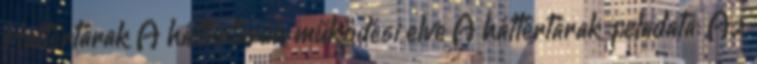
Háttértárak A háttértárak működési elve A háttértárak feladata: Az